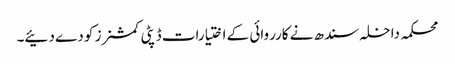
محکمہ داخلہ سندھ نے کارروائی کے اختیارات ڈپٹی کمشنرز کو دے دئیے۔